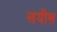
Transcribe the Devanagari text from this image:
लयीस